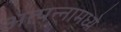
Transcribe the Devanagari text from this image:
अत्‍पन्‍नामध्‍ये